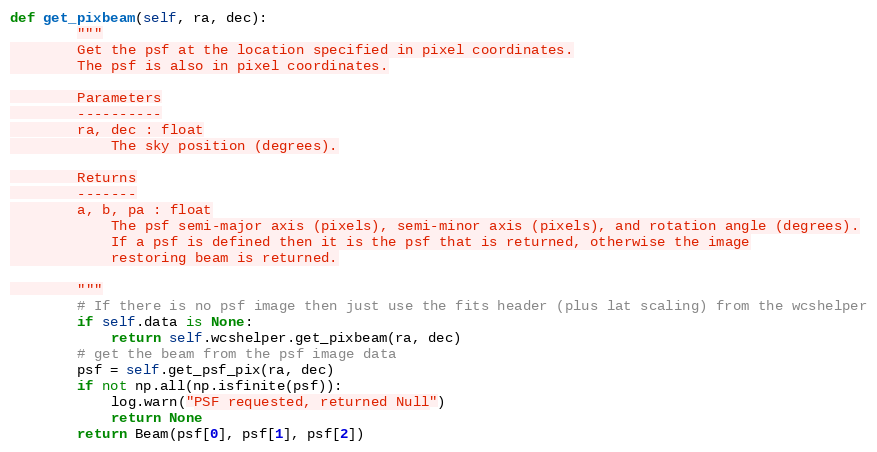
Language: Python
def get_pixbeam(self, ra, dec):
        """
        Get the psf at the location specified in pixel coordinates.
        The psf is also in pixel coordinates.

        Parameters
        ----------
        ra, dec : float
            The sky position (degrees).

        Returns
        -------
        a, b, pa : float
            The psf semi-major axis (pixels), semi-minor axis (pixels), and rotation angle (degrees).
            If a psf is defined then it is the psf that is returned, otherwise the image
            restoring beam is returned.

        """
        # If there is no psf image then just use the fits header (plus lat scaling) from the wcshelper
        if self.data is None:
            return self.wcshelper.get_pixbeam(ra, dec)
        # get the beam from the psf image data
        psf = self.get_psf_pix(ra, dec)
        if not np.all(np.isfinite(psf)):
            log.warn("PSF requested, returned Null")
            return None
        return Beam(psf[0], psf[1], psf[2])